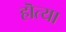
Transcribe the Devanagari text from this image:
हॊत्या